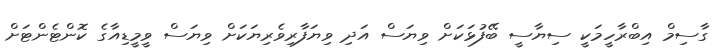
ގާސިމް އިބްރާހީމަކީ ސިޔާސީ ބޭފުޅަކަށް ވިޔަސް އަދި ވިޔަފާރިވެރިޔަކަށް ވިޔަސް ވީމީޑިއާގެ ކޮންޓެންޓަށް